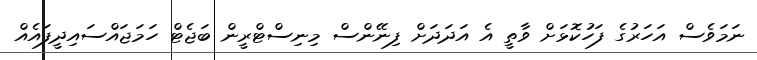
ނަމަވެސް އަހަރުގެ ފަހުކޮޅަށް ވާތީ އެ އަދަދަށް ފިނޭންސް މިނިސްޓްރީން ބަޖެޓް ހަމަޖައްސައިދީފައެއް